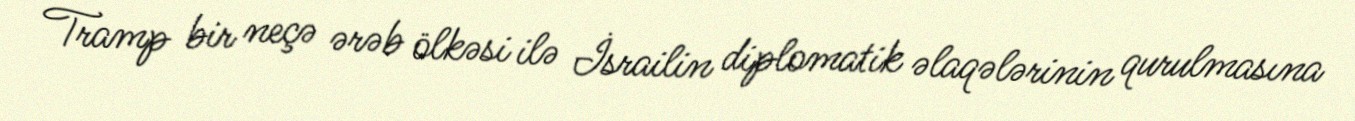
Tramp bir neçə ərəb ölkəsi ilə İsrailin diplomatik əlaqələrinin qurulmasına